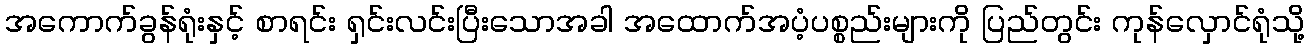
အကောက်ခွန်ရုံးနှင့် စာရင်း ရှင်းလင်းပြီးသောအခါ အထောက်အပံ့ပစ္စည်းများကို ပြည်တွင်း ကုန်လှောင်ရုံသို့